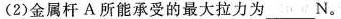
第40题图(2)金属杆A所能承受的最大拉力为___N。